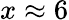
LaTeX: x\approx 6